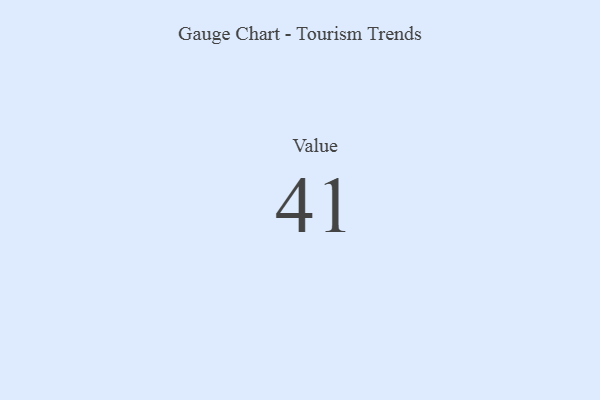
{"axis": {"x": "Metric", "y": "Value"}, "legend": [""], "data": [{"x": "Value", "y": 41, "type": ""}]}